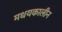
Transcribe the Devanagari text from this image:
मधयकालीन